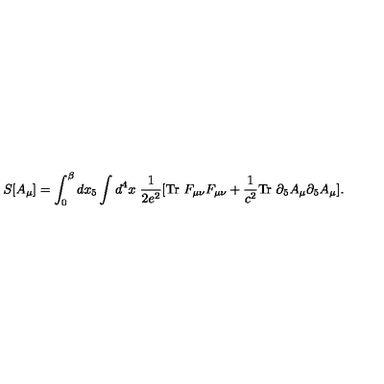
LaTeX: S [ A _ { \mu } ] = \int _ { 0 } ^ { \beta } d x _ { 5 } \int d ^ { 4 } x \ \frac { 1 } { 2 e ^ { 2 } } [ \mathrm { T r } \ F _ { \mu \nu } F _ { \mu \nu } + \frac { 1 } { c ^ { 2 } } \mathrm { T r } \ \partial _ { 5 } A _ { \mu } \partial _ { 5 } A _ { \mu } ] .